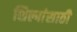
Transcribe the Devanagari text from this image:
शिल्पांसाठी